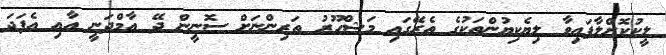
ލީކުކޮށްލާފައިވާ ލިޔެކިޔުންތަކުގެ ތެރޭގައި މަޝްހޫރު ތަރިންނަށް ސޮނީން ދޭ އާމްދަނީ އާއި އެފަދަ